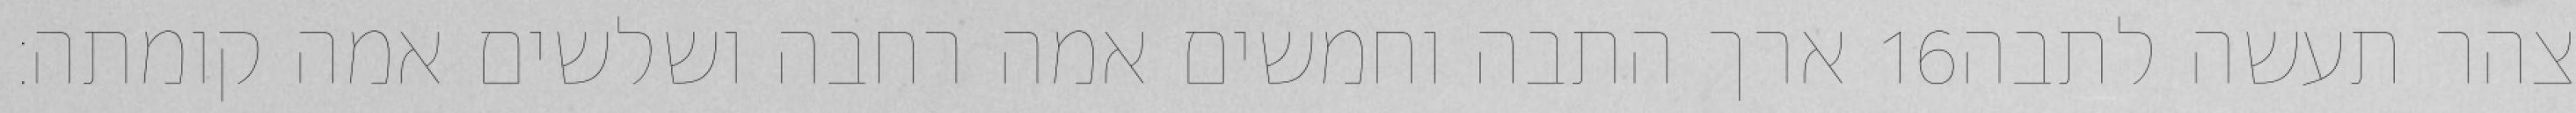
ארך התבה וחמשים אמה רחבה ושלשים אמה קומתה׃ ‎16‏ צהר תעשה לתבה